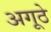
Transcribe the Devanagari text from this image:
अगूठे